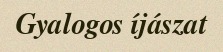
Gyalogos íjászat